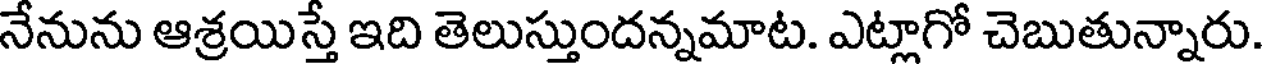
నేనును ఆశ్రయిస్తే ఇది తెలుస్తుందన్నమాట. ఎట్లాగో చెబుతున్నారు.